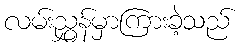
လမ်းညွှန်မှာကြားခဲ့သည်